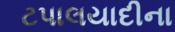
ટપાલયાદીના